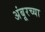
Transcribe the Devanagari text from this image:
अंबूरच्या